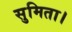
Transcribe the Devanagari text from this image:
सुमिता।